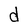
Character: d